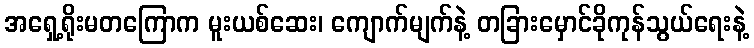
အရှေ့ရိုးမတကြောက မူးယစ်ဆေး၊ ကျောက်မျက်နဲ့ တခြားမှောင်ခိုကုန်သွယ်ရေးနဲ့